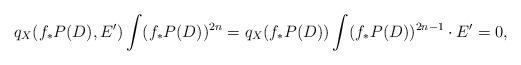
LaTeX: \begin{align*}q_X(f_{*}P(D),E')\int (f_{*}P(D))^{2n}=q_X(f_{*}P(D))\int(f_{*}P(D))^{2n-1}\cdot E'=0,\end{align*}